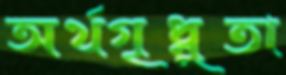
অর্থগৃধ্নুতা